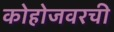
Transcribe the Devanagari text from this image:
कोहोजवरची